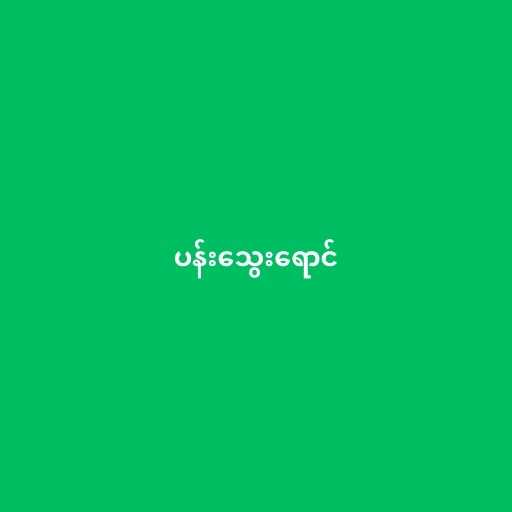
ပန်းသွေးရောင်